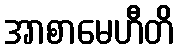
အာစာမေဟီတိ